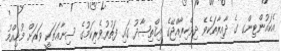
އެކައުންޓިންގ ގެ ދާއިރާތަކެވެ ދިވެހިރާއްޖޭގެ އިޤްތިޞާދު ގައި ފަތުރުވެރިކަމުގެ ސިނާޢަތަކީ ވަރަށް މުހިއްމު